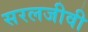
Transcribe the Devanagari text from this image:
सरलजीवी